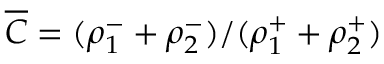
\overline { { C } } = ( \rho _ { 1 } ^ { - } + \rho _ { 2 } ^ { - } ) / ( \rho _ { 1 } ^ { + } + \rho _ { 2 } ^ { + } )